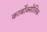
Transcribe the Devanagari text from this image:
कार्बोक्सीलिक